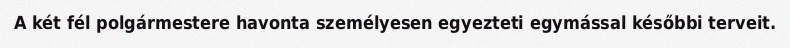
A két fél polgármestere havonta személyesen egyezteti egymással későbbi terveit.